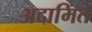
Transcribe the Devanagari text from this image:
अदामिंते